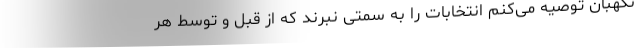
نگهبان توصیه می‌کنم انتخابات را به سمتی نبرند که از قبل و توسط هر